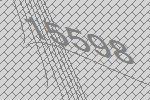
15598